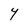
Character: Y